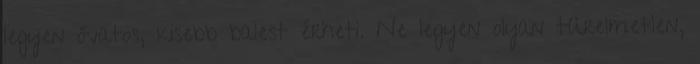
legyen óvatos, kisebb balest érheti. Ne legyen olyan türelmetlen,